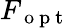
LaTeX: F_{\mathrm{~o~p~t~}}